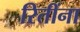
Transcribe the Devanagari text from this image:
रितींना